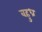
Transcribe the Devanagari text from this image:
बहुध्र